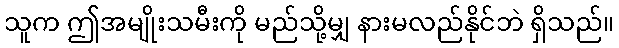
သူက ဤအမျိုးသမီးကို မည်သို့မျှ နားမလည်နိုင်ဘဲ ရှိသည်။